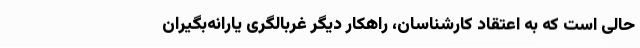
حالی است که به اعتقاد کارشناسان، راهکار دیگر غربالگری یارانه‌بگیران